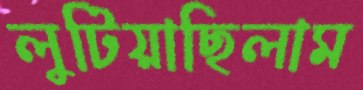
লুটিয়াছিলাম